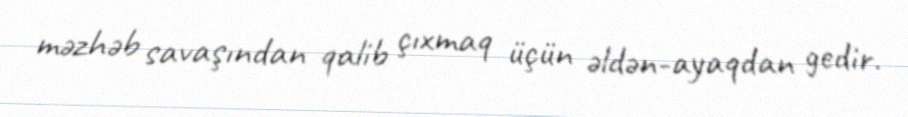
məzhəb savaşından qalib çıxmaq üçün əldən-ayaqdan gedir.